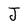
Character: J